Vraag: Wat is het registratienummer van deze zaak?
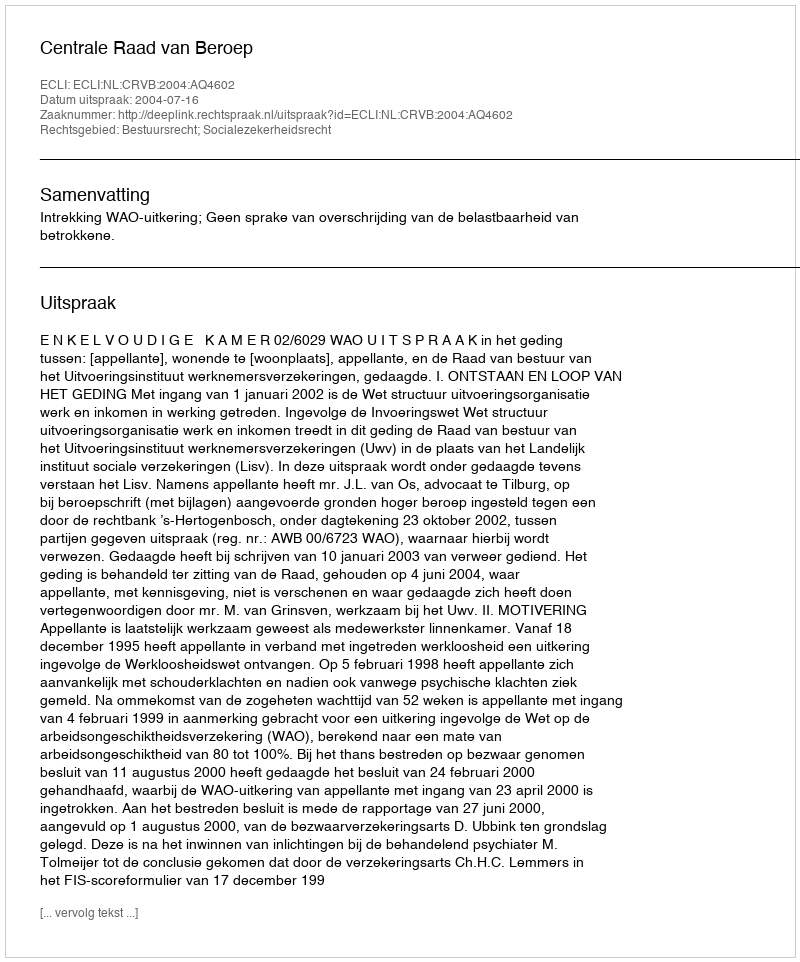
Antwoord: http://deeplink.rechtspraak.nl/uitspraak?id=ECLI:NL:CRVB:2004:AQ4602